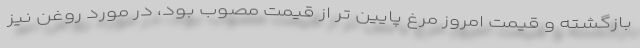
بازگشته و قیمت امروز مرغ پایین تر از قیمت مصوب بود، در مورد روغن نیز